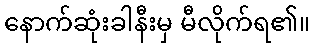
နောက်ဆုံးခါနီးမှ မီလိုက်ရ၏။